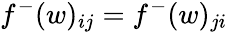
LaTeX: f^{-}(w)_{ij}=f^{-}(w)_{ji}